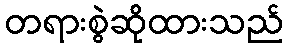
တရားစွဲဆိုထားသည်